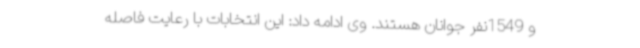
و 1549نفر جوانان هستند. وی ادامه داد: این انتخابات با رعایت فاصله